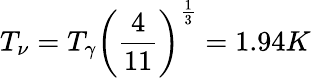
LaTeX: T_{\nu}=T_{\gamma}\left({\frac{4}{11}}\right)^{\frac{1}{3}}=1.94K